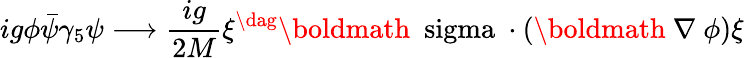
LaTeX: ig\phi\bar{\psi}\gamma_{5}\psi\longrightarrow\frac{ig}{2M}\xi^{\dag}\mathrm{\boldmath~\ sigma~}\cdot(\mathrm{\boldmath~\nabla~}\phi)\xi